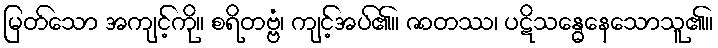
မြတ်သော အကျင့်ကို။ စရိတဗ္ဗံ၊ ကျင့်အပ်၏။ ဇာတဿ၊ ပဋိသန္ဓေနေသောသူ၏။